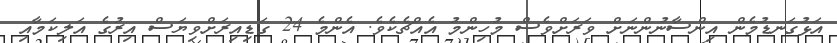
އަޅުގަނޑުމެން އިންސާނުންނަށް ވަރަށްވެސް މުހިންމު އެއްޗެކެވެ. އެންމެ 24 ގަޑިއިރަށްވިޔަސް އިރުގެ އަލިކަމާއި